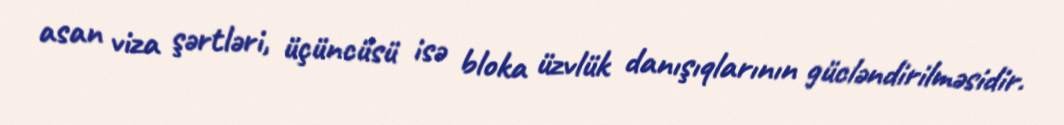
asan viza şərtləri, üçüncüsü isə bloka üzvlük danışıqlarının gücləndirilməsidir.